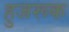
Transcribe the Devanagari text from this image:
हुजरूक